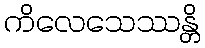
ကိလေသေဿန္တိ